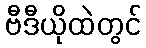
ဗီဒီယိုထဲတွင်